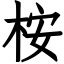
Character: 桉